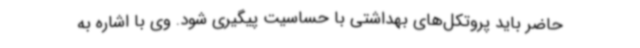
حاضر باید پروتکل‌های بهداشتی با حساسیت پیگیری شود. وی با اشاره به